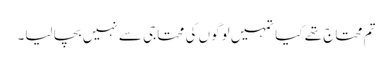
تم محتاج تھے کیا تمہیں لوگوں کی محتاجی سے نہیں بچا لیا۔